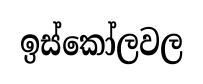
ඉස්කෝලවල